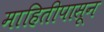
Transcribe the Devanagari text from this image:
माहितीपासून